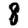
Digit: 8